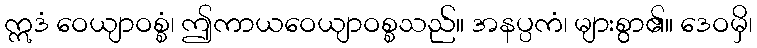
ဣဒံ ဝေယျာဝစ္စံ၊ ဤကာယဝေယျာဝစ္စသည်။ အနပ္ပကံ၊ များစွာ၏။ ဒေဝမှိ၊